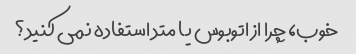
خوب، چرا از اتوبوس یا متد استفاده نمی کنید؟